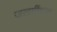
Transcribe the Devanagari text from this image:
जखमींच्या